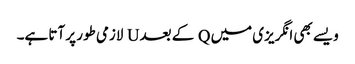
ویسے بھی انگریزی میں Q کے بعد U لازمی طور پر آتا ہے۔